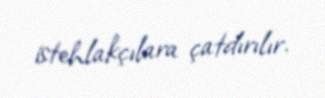
istehlakçılara çatdırılır.